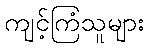
ကျင့်ကြံသူများ